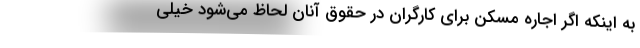
به اینکه اگر اجاره مسکن برای کارگران در حقوق آنان لحاظ می‌شود خیلی